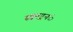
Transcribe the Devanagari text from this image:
स्क्वाड्रनंे